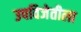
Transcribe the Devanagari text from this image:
उपविजेतीला